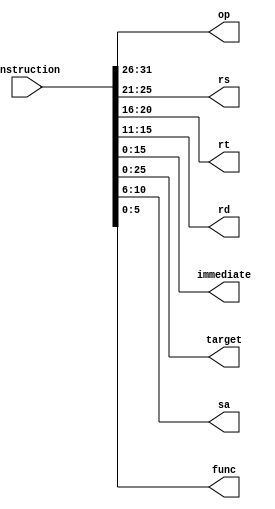
`timescale 1ns / 1ps
module insdecoder(
    input [31:0] instruction,
    output reg [5:0] op,
    output reg [4:0] rs, rt, rd,
    output reg [15:0] immediate,
    output reg [25:0] target,
    output reg [4:0] sa,
    output reg [5:0] func
    );

    always@(instruction)
    begin
        op = instruction[31:26];
        rs = instruction[25:21];
        rt = instruction[20:16];
        rd = instruction[15:11];
        immediate = instruction[15:0];
        target = instruction[25:0];
        sa = instruction[10:6];
        func = instruction[5:0];
    end
endmodule